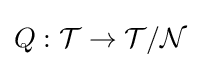
Q:{\mathcal {T}}\to {\mathcal {T}}/{\mathcal {N}}